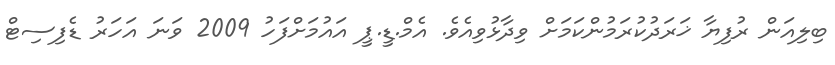
ބިލިއަން ރުފިޔާ ޚަރަދުކުރަމުންކަމަށް ވިދާޅުވިއެވެ. އެމް.ޑީ.ޕީ އައުމަށްފަހު 2009 ވަނަ އަހަރު ޑެފިސިޓް